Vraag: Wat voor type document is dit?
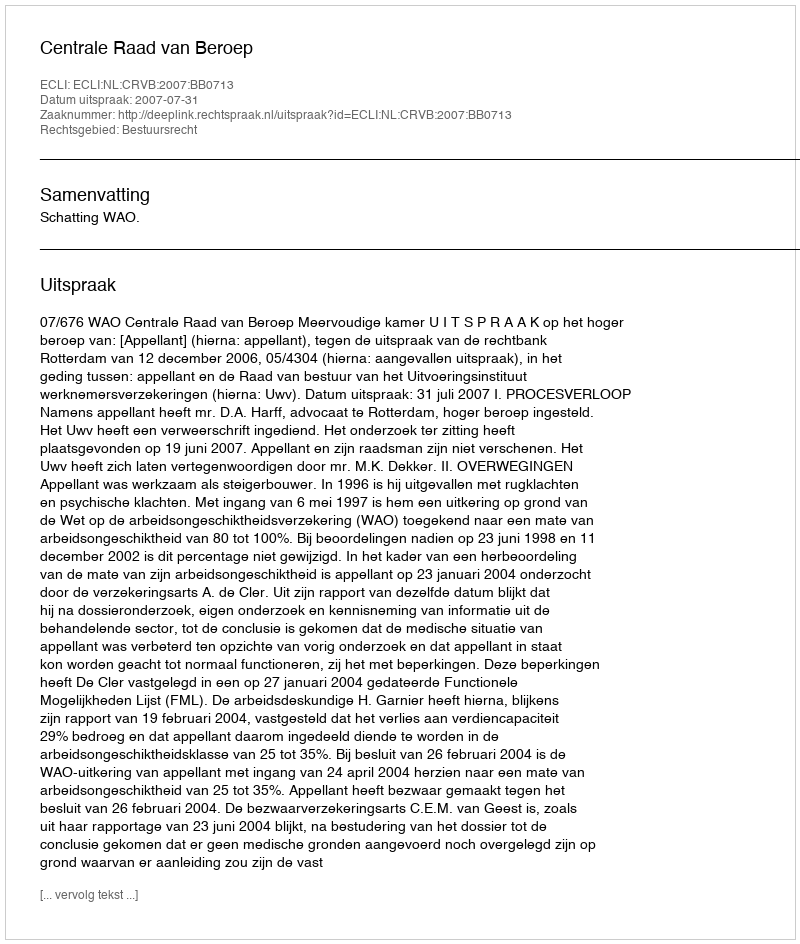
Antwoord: Uitspraak